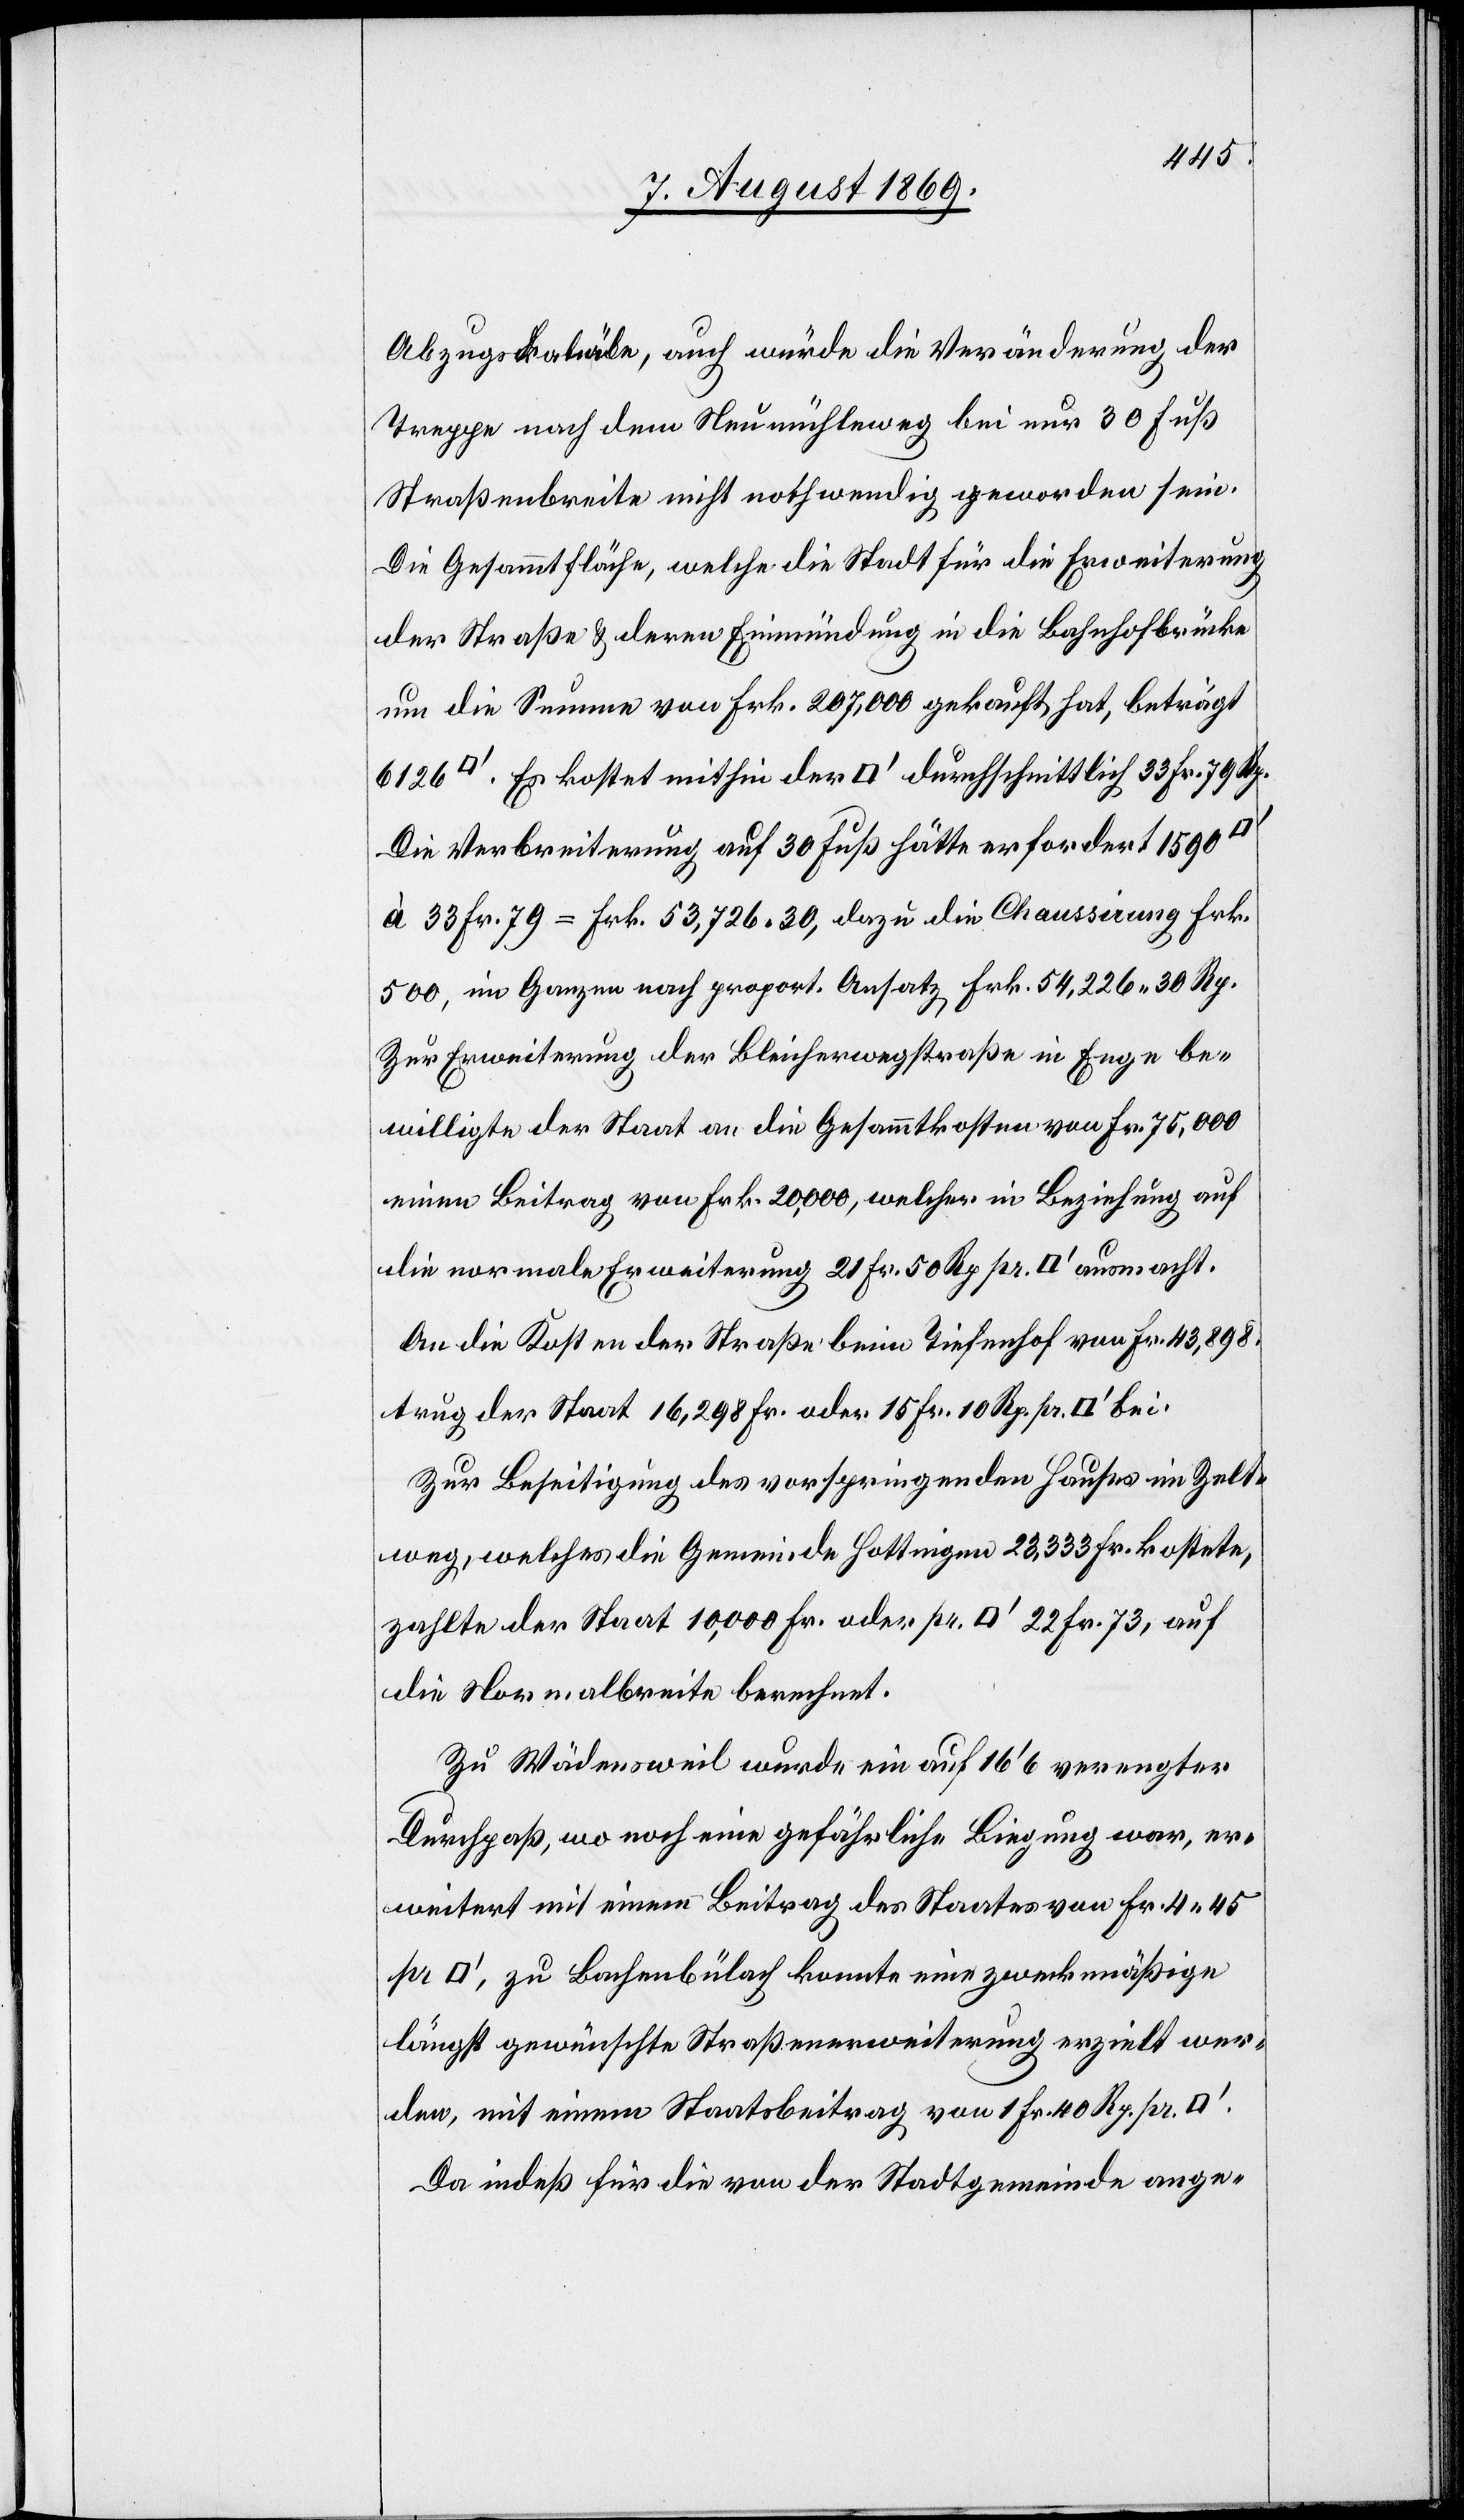
Abzugskanäle, auch würde die Veränderung der
Treppe nach dem Neumühleweg bei nur 30 Fuß
Straßenbreite nicht nothwendig geworden sein.
Die Gesammtfläche, welche die Stadt für die Erweiterung
der Strasse & deren Einmündung in die Bahnhofbrücke
um die Summe von Frk. 207,000 gekauft hat, beträgt
Die Verbreiterung auf 30 Fuß hätte erfordert 1 590
à 33 Fr. 79 = Fr. 53,726.30, dazu die Chaussirung Frk.
500, im Ganzen nach proport. Ansatz, Frk. 54,226.30 Rp.
Zur Erweiterung der Bleicherwegstraße in Enge be¬
willigte der Staat an die Gesammtkosten von Fr. 75,000
einen Beitrag von Frk. 20,000, welcher in Beziehung auf
die normale Erweiterung 21 Fr. 50 Rp. pr. [Quadratfuß] ausmacht.
An die Kosten der Straße beim Tiefenhof von Fr. 43,898
trug der Staat 16,298 Fr. oder 15 Fr. 10 Rp. pr.
Zur Beseitigung des vorspringenden Hauses im Zelt¬
weg, welches die Gemeinde Hottingen 23,333 Fr. kostete,
zahlte der Staat 10,000 Fr. oder pr [Quadratfuß] 22 Fr. 73, auf
die Normalbreite berechnet.
Zu Wädensweil wurde ein auf 16’ 6 verengter
Durchpaß, wo noch eine gefährliche Biegung war, er¬
weitert mit einem Beitrag des Staates von Fr. 4.45
[Quadratfuß], zu Bachenbülach konnte eine zweckmäßige
längst gewünschte Straßenerweiterung erzielt wer¬
den, mit einem Staatsbeitrag von 1 Fr. 40 Rp. pr.
Da indeß für die von der Stadtgemeinde ange-